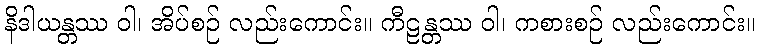
နိဒါယန္တဿ ဝါ၊ အိပ်စဉ် လည်းကောင်း။ ကီဠန္တဿ ဝါ၊ ကစားစဉ် လည်းကောင်း။